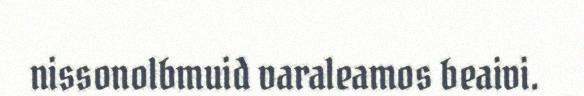
nissonolbmuid varaleamos beaivi.